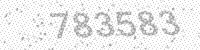
Solution: 783583